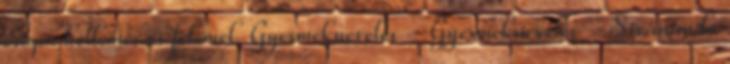
csupa kellemes és felemel. Gyermeknevelés - Gyermeknevelés – Sivánanda